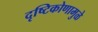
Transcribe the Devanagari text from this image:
दृष्टिकोणामुळे